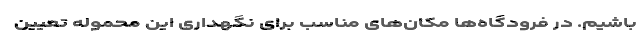
باشیم. در فرودگاه‌ها مکان‌های مناسب برای نگهداری این محموله تعیین